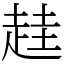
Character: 䞨